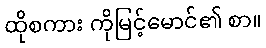
ထိုစကား ကိုမြင့်မောင်၏ စာ။